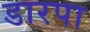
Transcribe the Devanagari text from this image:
डारपा